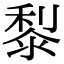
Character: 㴝